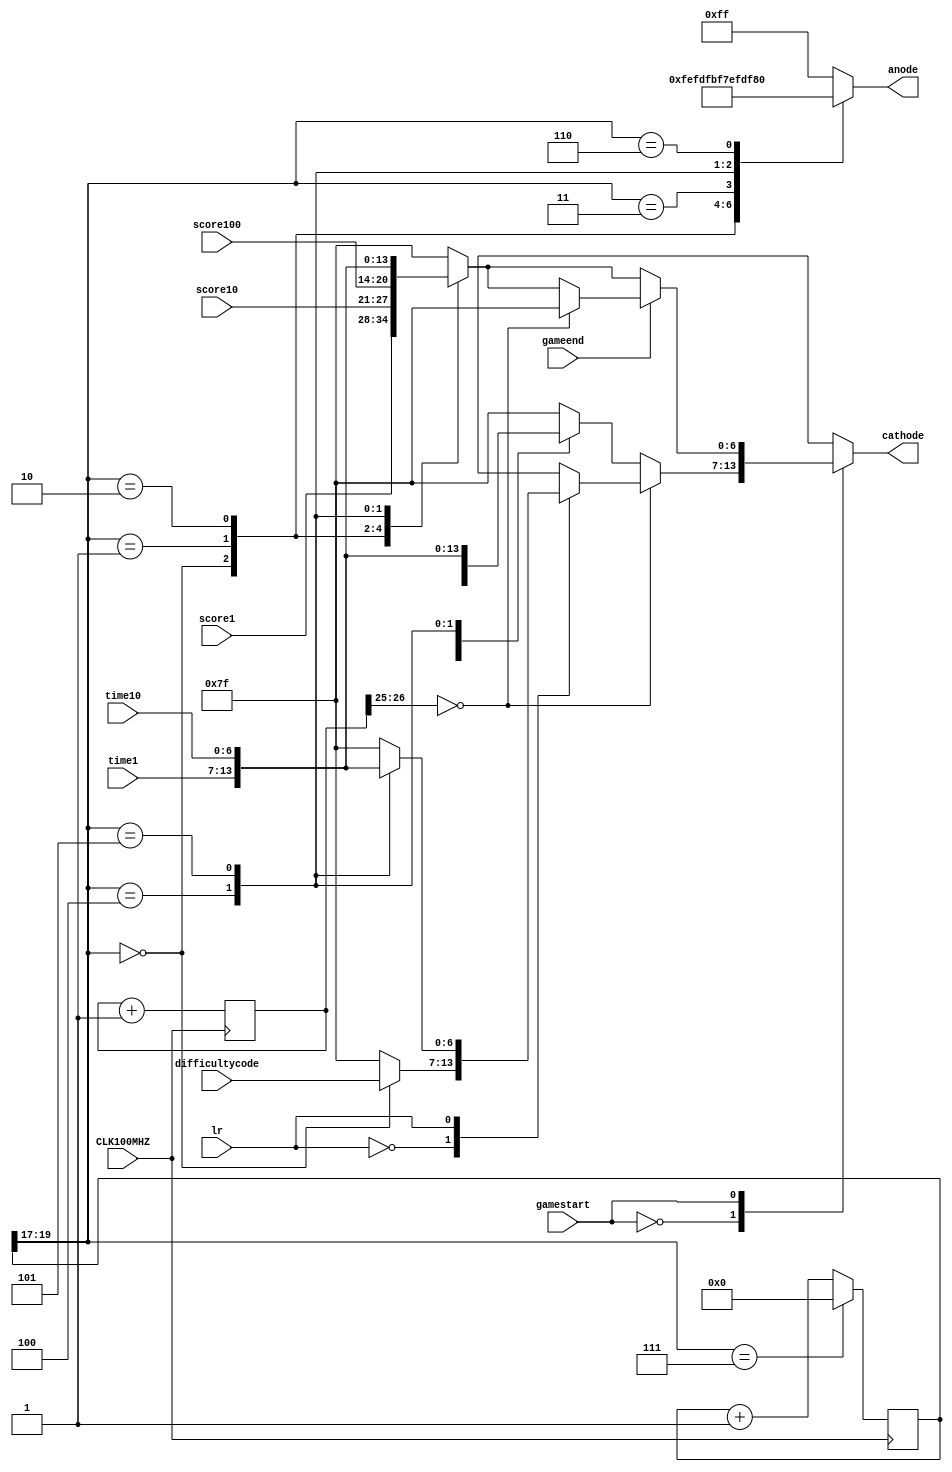
`timescale 1ns / 1ps
//////////////////////////////////////////////////////////////////////////////////
// Company: 
// Engineer: 
// 
// Design Name: 
// Module Name: to_seven_segment
// Project Name: 
// Target Devices: 
// Tool Versions: 
// Description: 
// 
// Dependencies: 
// 
// Revision:
// Revision 0.01 - File Created
// Additional Comments:
// 
//////////////////////////////////////////////////////////////////////////////////


module to_seven_segment(
    input CLK100MHZ,
    input gamestart,
    input gameend,
    input lr,
    input [6:0] score100,
    input [6:0] score10,
    input [6:0] score1,
    input [6:0] time10,   
    input [6:0] time1, 
    input [6:0] difficultycode,
    output reg [7:0] anode,
    output reg [6:0] cathode
    );
    //Code to create a 2.6 ms refresh rate 
    reg [19:0] refresh_counter = 0;
    wire [2:0] LED_counter; 
    assign LED_counter = refresh_counter[19:17];
    //Code to create a Blinking number
    reg [26:0] blink_counter = 0;
    wire [1:0] blink;
    assign blink = blink_counter[26:25];
    
    always @(posedge CLK100MHZ)
        begin 
            refresh_counter <= refresh_counter + 1;
            blink_counter <= blink_counter + 1;
            if(LED_counter == 3'b111)
            begin  
                refresh_counter <= 0;
            end
        end

    //Now code that denotes the anode and then activates the display with cathodes
    always@(*) begin
        anode = 8'b11111111;
        cathode = 7'b1111111;
        //Differentiate between game started or not
        case(gamestart)
            //Game not started, displaying difficulty and time set
            1'b0: 
            begin
                //If blink == 0 then flash the item being set
                if(blink ==0)
                begin
                    case(lr)
                        1'b0:
                        begin
                            case (LED_counter)
                                3'b000: begin
                                    anode = 8'b11111110; 
                                    cathode = difficultycode;
                                end
                                3'b001: begin
                                    anode = 8'b11111101; 
                                    cathode = 7'b1111111;
                                end
                                3'b010: begin
                                    anode = 8'b11111011; 
                                    cathode = 7'b1111111;
                                end
                                3'b011: begin
                                    anode = 8'b11110111; 
                                    cathode = 7'b1111111;
                                end
                                3'b100: begin
                                    anode = 8'b11101111; 
                                    cathode = 7'b1111111;
                                end
                                3'b101: begin
                                    anode = 8'b11011111; 
                                    cathode = 7'b1111111;
                                end
                                3'b110: begin
                                    anode = 8'b01111111;
                                    cathode = 7'b1111111;
                                end
                            endcase
                        end
                        1'b1:
                        begin
                            case (LED_counter)
                                3'b000: begin
                                    anode = 8'b11111110; 
                                    cathode = 7'b1111111;
                                end
                                3'b001: begin
                                    anode = 8'b11111101; 
                                    cathode = 7'b1111111;
                                end
                                3'b010: begin
                                    anode = 8'b11111011; 
                                    cathode = 7'b1111111;
                                end
                                3'b011: begin
                                    anode = 8'b11110111; 
                                    cathode = 7'b1111111;
                                end
                                3'b100: begin
                                    anode = 8'b11101111; 
                                    cathode = time1;
                                end
                                3'b101: begin
                                    anode = 8'b11011111; 
                                    cathode = time10;
                                end
                                3'b110: begin
                                    anode = 8'b01111111;
                                    cathode = 7'b1111111;
                                end
                            endcase
                        end
                    endcase
                end
                else
                begin
                    case (LED_counter)
                        3'b000: begin
                            anode = 8'b11111110; 
                            cathode = difficultycode;
                        end
                        3'b001: begin
                            anode = 8'b11111101; 
                            cathode = 7'b1111111;
                        end
                        3'b010: begin
                            anode = 8'b11111011; 
                            cathode = 7'b1111111;
                        end
                        3'b011: begin
                            anode = 8'b11110111; 
                            cathode = 7'b1111111;
                        end
                        3'b100: begin
                            anode = 8'b11101111; 
                            cathode = time1;
                        end
                        3'b101: begin
                            anode = 8'b11011111; 
                            cathode = time10;
                        end
                        3'b110: begin
                            anode = 8'b01111111;
                            cathode = 7'b1111111;
                        end
                    endcase
                end
            end
            //Game Started state
            1'b1: 
            begin
                //If game ended, blink score and timer
                if(gameend == 1)
                begin
                    if(blink ==0)
                      begin
                        case (LED_counter)
                            3'b000: begin
                                anode = 8'b11111110; 
                                cathode = 7'b1111111;
                            end
                            3'b001: begin
                                anode = 8'b11111101; 
                                cathode = 7'b1111111;
                            end
                            3'b010: begin
                                anode = 8'b11111011; 
                                cathode = 7'b1111111;
                            end
                            3'b011: begin
                                anode = 8'b11110111; 
                                cathode = 7'b1111111;
                            end
                            3'b100: begin
                                anode = 8'b11101111; 
                                cathode = 7'b1111111;
                            end
                            3'b101: begin
                                anode = 8'b11011111; 
                                cathode = 7'b1111111;
                            end
                            3'b110: begin
                                anode = 8'b01111111;
                                cathode = 7'b1111111;
                            end
                        endcase
                    end
                    else
                    begin
                        case (LED_counter)
                            3'b000: begin
                                anode = 8'b11111110; 
                                cathode = score1;
                            end
                            3'b001: begin
                                anode = 8'b11111101; 
                                cathode = score10;
                            end
                            3'b010: begin
                                anode = 8'b11111011; 
                                cathode = score100;
                            end
                            3'b011: begin
                                anode = 8'b11110111; 
                                cathode = 7'b1111111;
                            end
                            3'b100: begin
                                anode = 8'b11101111; 
                                cathode = time1;
                            end
                            3'b101: begin
                                anode = 8'b11011111; 
                                cathode = time10;
                            end
                            3'b110: begin
                                anode = 8'b01111111;
                                cathode = 7'b1111111;
                            end
                        endcase
                    end
                end
                //no need for blink just display time and score if game not ended
                else
                begin
                    case (LED_counter)
                        3'b000: begin
                            anode = 8'b11111110; 
                            cathode = score1;
                        end
                        3'b001: begin
                            anode = 8'b11111101; 
                            cathode = score10;
                        end
                        3'b010: begin
                            anode = 8'b11111011; 
                            cathode = score100;
                        end
                        3'b011: begin
                            anode = 8'b11110111; 
                            cathode = 7'b1111111;
                        end
                        3'b100: begin
                            anode = 8'b11101111; 
                            cathode = time1;
                        end
                        3'b101: begin
                            anode = 8'b11011111; 
                            cathode = time10;
                        end
                        3'b110: begin
                            anode = 8'b01111111;
                            cathode = 7'b1111111;
                        end
                    endcase
                end
            end
        endcase
    end
endmodule